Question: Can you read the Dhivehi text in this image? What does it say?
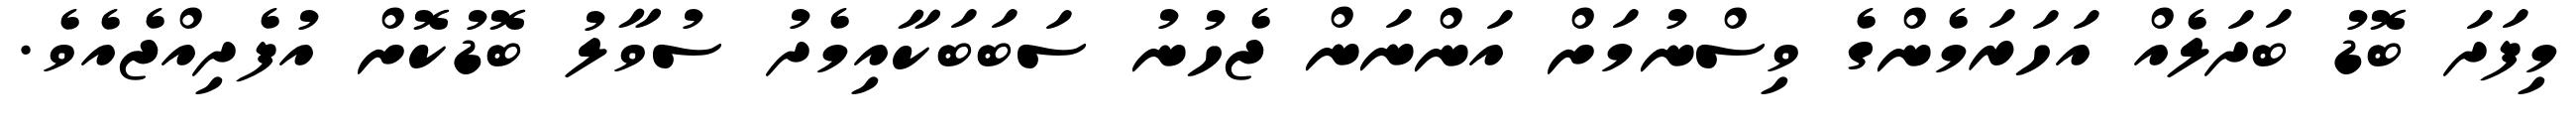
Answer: މިފަދަ ބޮޑު ބަދަލެއް އަހަރަމެންގެ ވިސްނުމަށް އަންނަން ޖެހުނު ސަބަބަކާއިމެދު ސުވާލު ބޮޑުކޮށް އުފެދިއްޖެއެވެ.